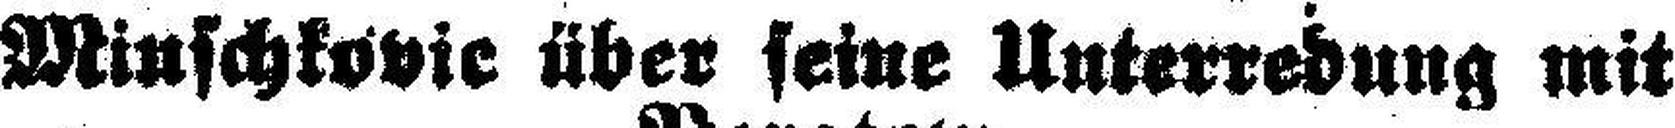
Minschkovie über seine Unterredung mit